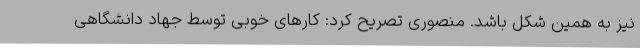
نیز به همین شکل باشد. منصوری تصریح کرد: کارهای خوبی توسط جهاد دانشگاهی